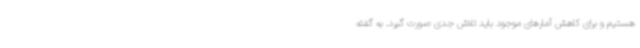
هستیم و برای کاهش آمارهای موجود باید تلاش جدی صورت گیرد. به گفته